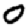
Digit: 0